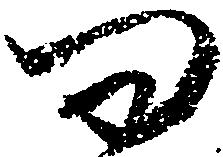
問